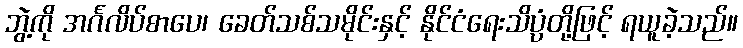
ဘွဲ့ကို အင်္ဂလိပ်စာပေ၊ ခေတ်သစ်သမိုင်းနှင့် နိုင်ငံရေးသိပ္ပံတို့ဖြင့် ရယူခဲ့သည်။